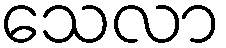
သေလာ